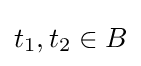
t_{1},t_{2}\in B